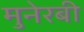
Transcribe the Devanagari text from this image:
मुनेरबी